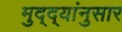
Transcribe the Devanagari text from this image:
मुद्‌द्‌यांनुसार